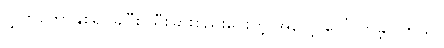
လွှတ်တော်နှစ်ရပ်ခွဲပြီး သီးခြားစည်းဝေးတဲ့ အလေ့ ပေါ်လာခဲ့ပါတယ်။